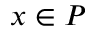
x \in P